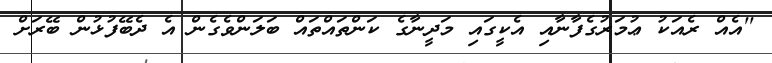
''އެއް ރެއަކު ޢުމަރުގެފާނާއި އެކީގައި މަދީނާގެ ކަންތައްތައް ބަލަންވެގެން އެ ދެބޭފުޅުން ބޭރަށް